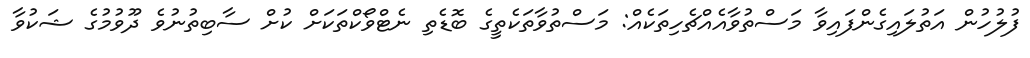
ފުލުހުން އަތުލައިގެންފައިވާ މަސްތުވާއެއްޗެހިތަކެއް: މަސްތުވާތަކެތީގެ ބޮޑެތި ނެޓްވޯކްތަކަށް ކުށް ސާބިތުނުވެ ދޫވުުމުގެ ޝަކުވާ